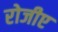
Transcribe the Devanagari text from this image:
रोजीए